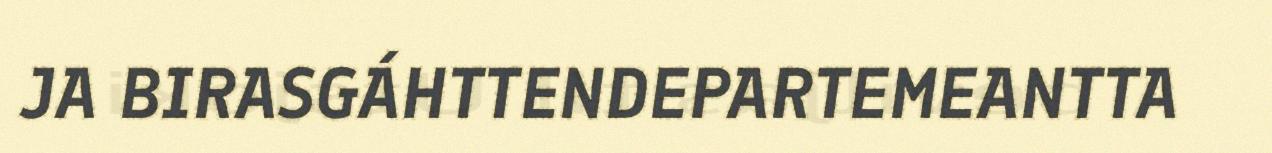
JA BIRASGÁHTTENDEPARTEMEANTTA